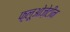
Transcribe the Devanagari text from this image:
फ़्लूओज़ेटीन